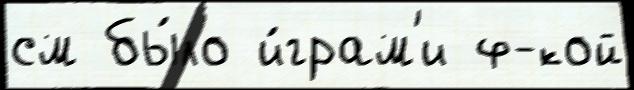
см бы́ло и́грам'и ф-кой